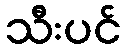
သီးပင်